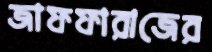
জাফফারাজের